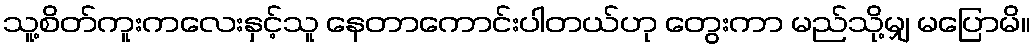
သူ့စိတ်ကူးကလေးနှင့်သူ နေတာကောင်းပါတယ်ဟု တွေးကာ မည်သို့မျှ မပြောမိ။